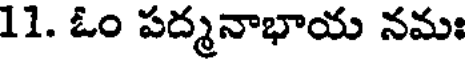
11. ఓం పద్మనాభాయ నమః